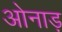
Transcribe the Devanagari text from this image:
ओनाड़